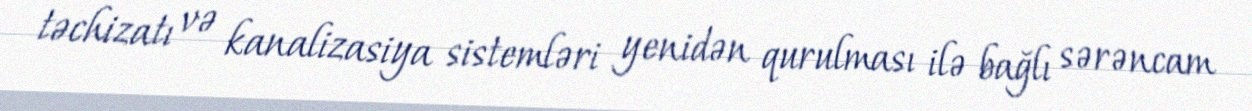
təchizatı və kanalizasiya sistemləri yenidən qurulması ilə bağlı sərəncam